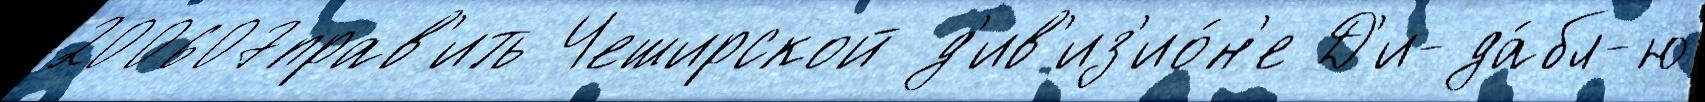
200607прав'ить Чеширской д'ив'из'ио́н'е Д'и-да́бл-ю